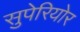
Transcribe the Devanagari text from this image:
सुपेरियोर